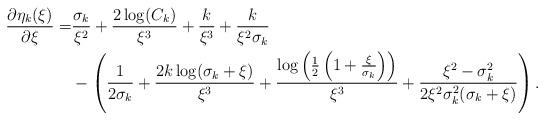
LaTeX: \begin{align*}\frac{\partial\eta_k(\xi)}{\partial \xi} =&\frac{\sigma_k}{\xi^2}+\frac{2\log(C_k)}{\xi^3}+\frac{k}{\xi^3}+\frac{k}{\xi^2\sigma_k}\\&-\left(\frac{1}{2\sigma_k}+\frac{2k\log(\sigma_k+\xi)}{\xi^3}+\frac{\log\left(\frac{1}{2}\left(1+\frac{\xi}{\sigma_k}\right)\right)}{\xi^3}+\frac{\xi^2-\sigma_k^2}{2\xi^2\sigma_k^2(\sigma_k+\xi)}\right).\end{align*}